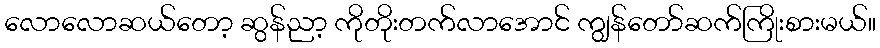
လောလောဆယ်တော့ ဆွန်ညာ့ ကိုတိုးတက်လာအောင် ကျွန်တော်ဆက်ကြိုးစားမယ်။